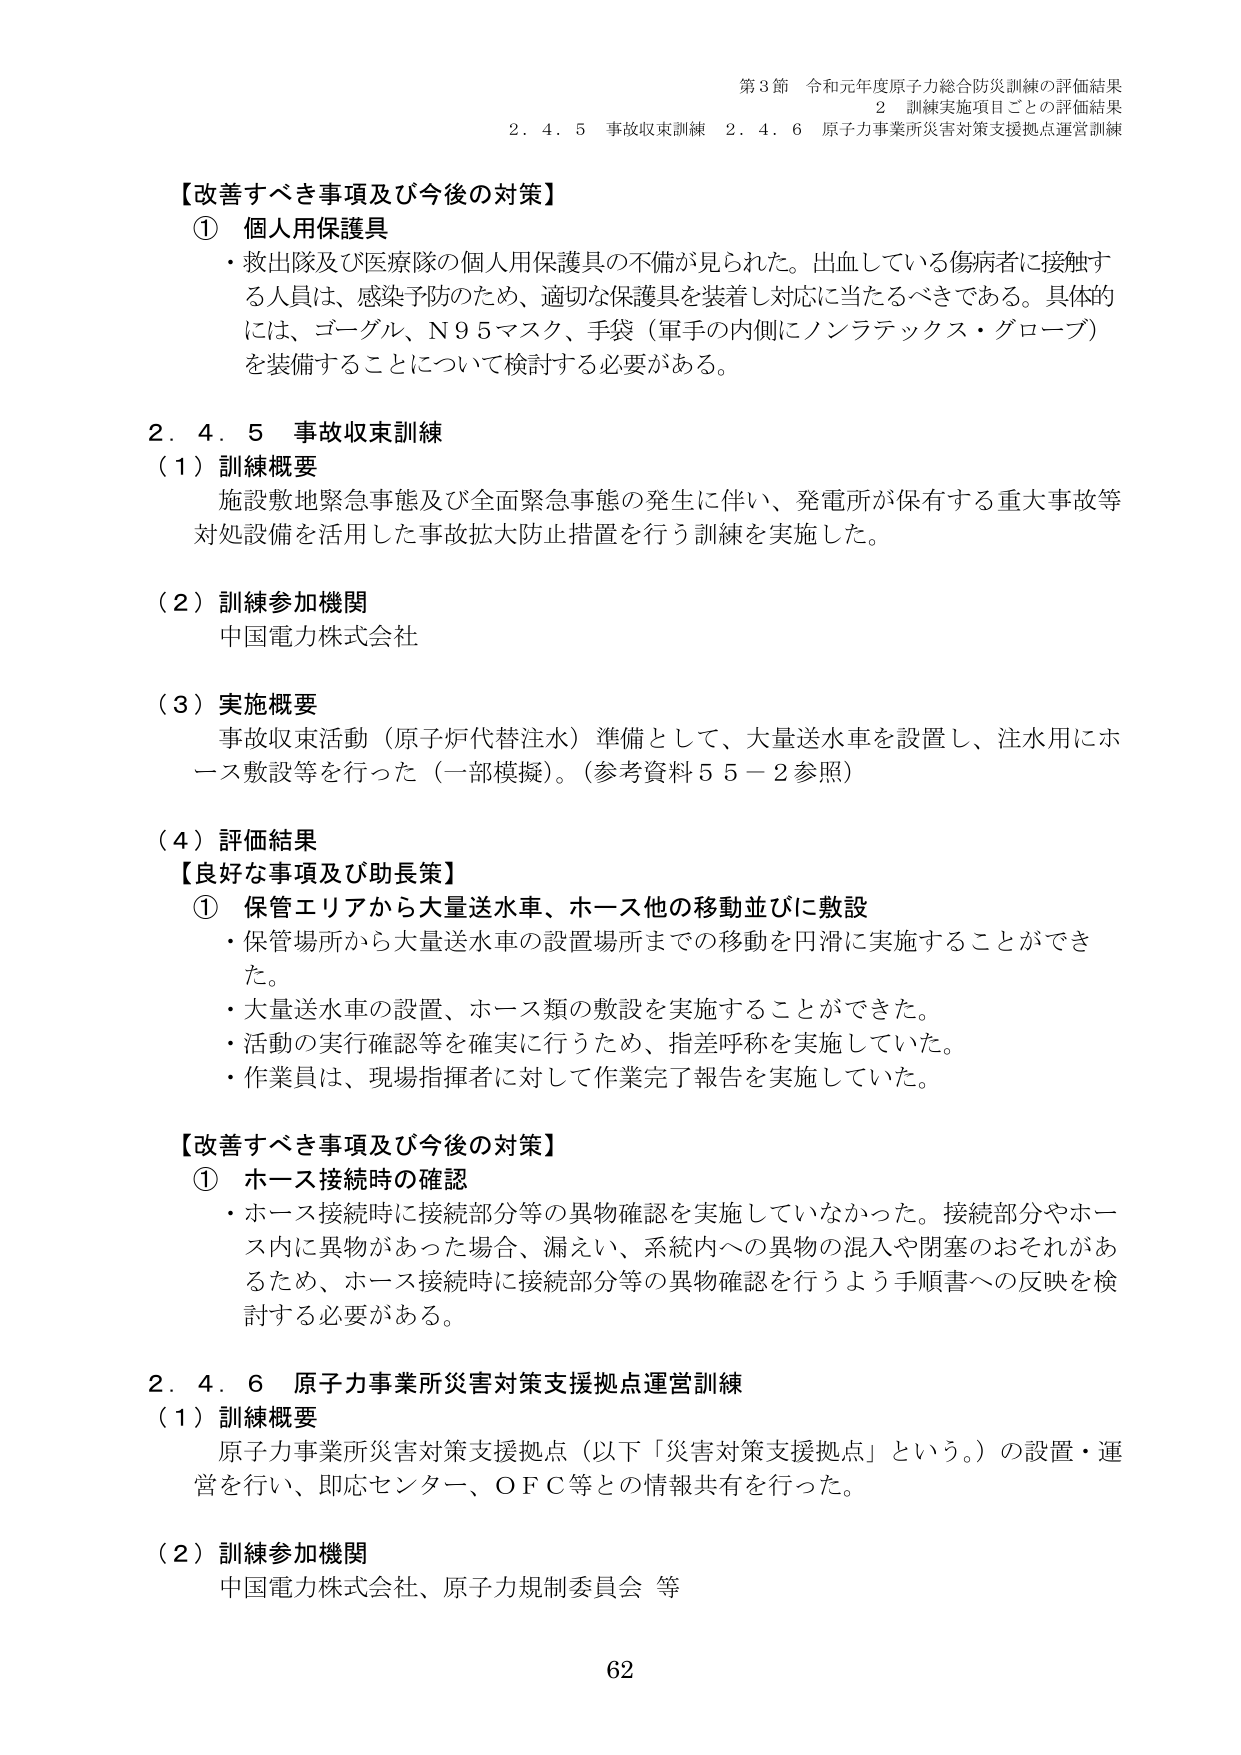
第3節 令和元年度原子力総合防災訓練の評価結果
2 訓練実施項目ごとの評価結果
2.4.5 事故収束訓練 2.4.6 原子力事業所災害対策支援拠点運営訓練

【改善すべき事項及び今後の対策】
① 個人用保護具
・救出隊及び医療隊の個人用保護具の不備が見られた。出血している傷病者に接触する人員は、感染予防のため、適切な保護具を装着し対応に当たるべきである。具体的には、ゴーグル、N95マスク、手袋（軍手の内側にノンラテックス・グローブ）を装備することについて検討する必要がある。

2.4.5 事故収束訓練
（1）訓練概要
施設敷地緊急事態及び全面緊急事態の発生に伴い、発電所が保有する重大事故等対処設備を活用した事故拡大防止措置を行う訓練を実施した。

（2）訓練参加機関
中国電力株式会社

（3）実施概要
事故収束活動（原子炉代替注水）準備として、大量送水車を設置し、注水用にホース敷設等を行った（一部模擬）。（参考資料55－2参照）

（4）評価結果
【良好な事項及び助長策】
① 保管エリアから大量送水車、ホース他の移動並びに敷設
・保管場所から大量送水車の設置場所までの移動を円滑に実施することができた。
・大量送水車の設置、ホース類の敷設を実施することができた。
・活動の実行確認等を確実に行うため、指差呼称を実施していた。
・作業員は、現場指揮者に対して作業完了報告を実施していた。

【改善すべき事項及び今後の対策】
① ホース接続時の確認
・ホース接続時に接続部分等の異物確認を実施していなかった。接続部分やホース内に異物があった場合、漏えい、系統内への異物の混入や閉塞のおそれがあるため、ホース接続時に接続部分等の異物確認を行うよう手順書への反映を検討する必要がある。

2.4.6 原子力事業所災害対策支援拠点運営訓練
（1）訓練概要
原子力事業所災害対策支援拠点（以下「災害対策支援拠点」という。）の設置・運営を行い、即応センター、ＯＦＣ等との情報共有を行った。

（2）訓練参加機関
中国電力株式会社、原子力規制委員会 等

62